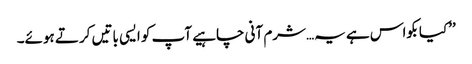
’’کیا بکواس ہے یہ…شرم آنی چاہیے آپ کو ایسی باتیں کرتے ہوئے۔